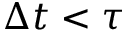
\Delta t < \tau